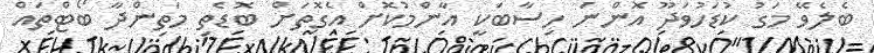
ބެލެވޭ މަގު ކުޑަހުވަދޫ އޮންނަ ހިސާބަކީ އާންމުކޮށް އެގޮތަށް ބޮޑެތި މަތިންދާ ބޯޓްތައް